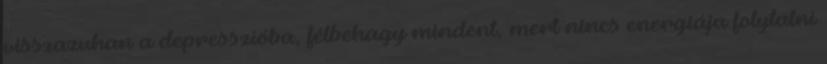
visszazuhan a depresszióba, félbehagy mindent, mert nincs energiája folytatni